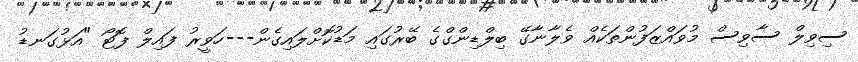
ސިވިލް ސާވިސް މުވައްޒަފުންތަކެއް ވެލާނާގޭ ބިލްޑިންގްގެ ބޭރުގައި މަޑުކޮށްލައިގެން---ހަވީރު ފައިލް ފޮޓޯ "އަޅުގަނޑު